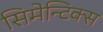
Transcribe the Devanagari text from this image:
सिमेन्टिक्स